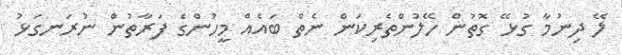
ލޭ ދިނުމާ ގުޅޭ ގޮތުން ހޭލުންތެރިކަން ނެތް ބައެއް މީހުންގެ ފަރާތުން ނުރަނގަޅު